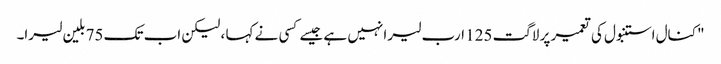
"کنال استنبول کی تعمیر پر لاگت 125 ارب لیرا نہیں ہے جیسے کسی نے کہا ، لیکن اب تک 75 بلین لیرا۔